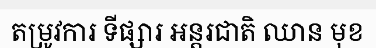
តម្រូវការ ទីផ្សារ អន្តរជាតិ ឈាន មុខ